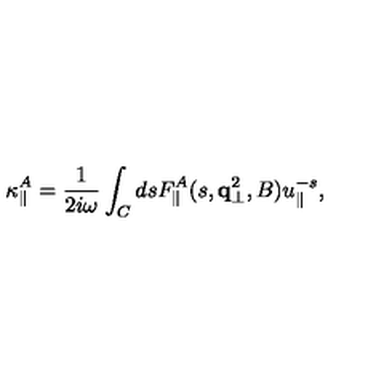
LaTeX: \kappa _ { \parallel } ^ { A } = { \frac { 1 } { 2 i \omega } } \int _ { C } d s F _ { \parallel } ^ { A } ( s , { \bf q } _ { \bot } ^ { 2 } , B ) u _ { \parallel } ^ { - s } ,